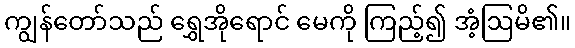
ကျွန်တော်သည် ရွှေအိုရောင် မေကို ကြည့်၍ အံ့ဩမိ၏။